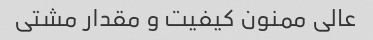
عالی ممنون کیفیت و مقدار مشتی